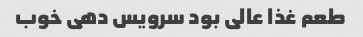
طعم غذا عالی بود سرویس دهی خوب